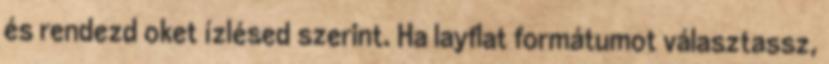
és rendezd oket ízlésed szerint. Ha layflat formátumot választassz,